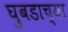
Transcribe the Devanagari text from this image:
घुबडाच्या